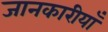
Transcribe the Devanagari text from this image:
जानकारीयाँ